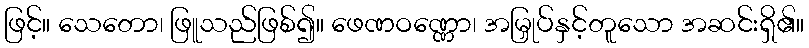
ဖြင့်။ သေတော၊ ဖြူသည်ဖြစ်၍။ ဖေဏဝဏ္ဏော၊ အမြှုပ်နှင့်တူသော အဆင်းရှိ၏။